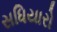
સધિયારો